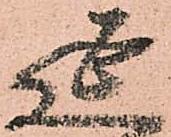
延